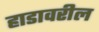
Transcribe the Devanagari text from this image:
हाडावरील